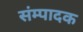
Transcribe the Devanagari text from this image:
संम्पादक